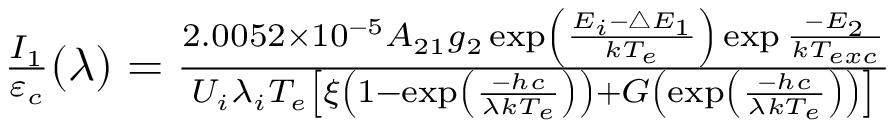
\begin{array} { r } { \frac { I _ { 1 } } { \varepsilon _ { c } } ( \lambda ) = \frac { 2 . 0 0 5 2 \times 1 0 ^ { - 5 } A _ { 2 1 } g _ { 2 } \exp \left( \frac { E _ { i } - \bigtriangleup E _ { 1 } } { k T _ { e } } \right) \exp \frac { - E _ { 2 } } { k T _ { e x c } } } { U _ { i } \lambda _ { i } T _ { e } \left[ \xi \left( 1 - \exp \left( \frac { - h c } { \lambda k T _ { e } } \right) \right) + G \left( \exp \left( \frac { - h c } { \lambda k T _ { e } } \right) \right) \right] } } \end{array}